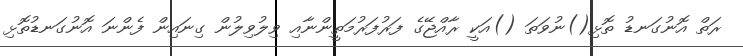
ރަތް އޮނުގަނޑު ތޮޅި()ނުވަތަ ()އަކީ ރާއްޖޭގެ ފަރުފަރުމަތީންނާއި ވިލުވިލުން ގިނައިން ފެންނަ އޮނުގަނޑުތޮޅި